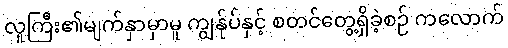
လူကြီး၏မျက်နှာမှာမူ ကျွန်ုပ်နှင့် စတင်တွေ့ရှိခဲ့စဉ် ကလောက်